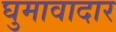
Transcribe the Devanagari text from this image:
घुमावादार